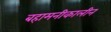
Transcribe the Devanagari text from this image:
बहामनीकालीन